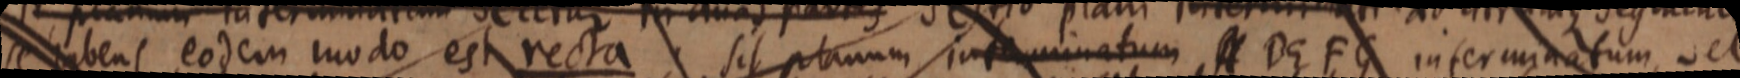
se habens eodem modo est recta sit planum interminatum A DG F G interminatum, et